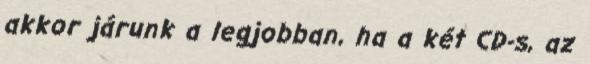
akkor járunk a legjobban, ha a két CD-s, az